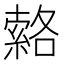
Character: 𦃆